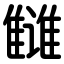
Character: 雠